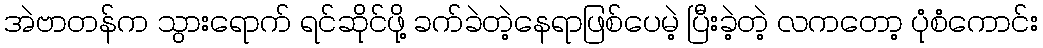
အဲဗာတန်က သွားရောက် ရင်ဆိုင်ဖို့ ခက်ခဲတဲ့နေရာဖြစ်ပေမဲ့ ပြီးခဲ့တဲ့ လကတော့ ပုံစံကောင်း